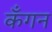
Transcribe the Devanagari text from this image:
कँगन